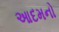
આદમનો